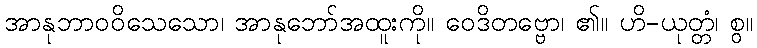
အာနုဘာဝဝိသေသော၊ အာနုဘော်အထူးကို။ ဝေဒိတဗ္ဗော၊ ၏။ ဟိ-ယုတ္တံ၊ စွ။